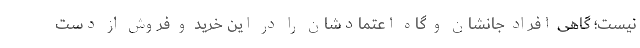
نیست؛ گاهی افراد جانشان و گاه اعتمادشان را در این خرید و فروش از دست